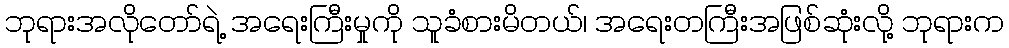
ဘုရားအလိုတော်ရဲ့ အရေးကြီးမှုကို သူခံစားမိတယ်၊ အရေးတကြီးအဖြစ်ဆုံးလို့ ဘုရားက